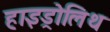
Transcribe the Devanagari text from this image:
हाइड्रोलिथ